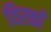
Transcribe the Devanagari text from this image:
विरकाँ